Second election of Education Authorities, 1922, 1922
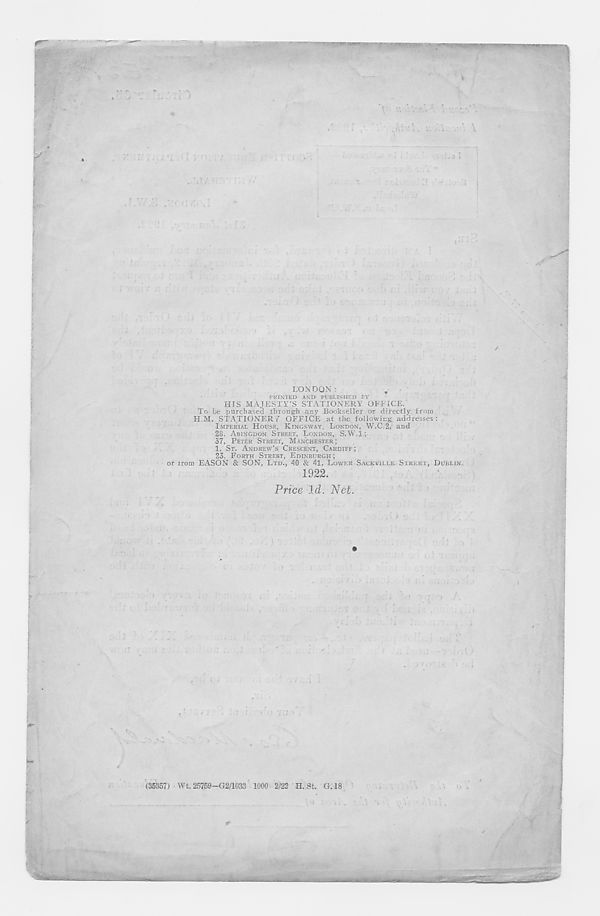
LONDON:
PRINTED AND PUBLISHED EY
HIS MAJESTY’S STATIONERY OFFICE.
To be purchased throug-h any Bookseller or directly from
H.M. STATIONERY OFFICE at the following addresses:
IMPERIAL HOUSE, KINGSWAY, LONDON, W.C.2, and
28, ABINGDON STREET, LONDON, S.W.l;
37, PETER STREET, MANCHESTER;
1. ST. ANDREW’S CRESCENT, CARDIFF;
23, FORTH STREET, EDINBURGH ;
or irom EASON & SON, LTD., 40 & 41, LOWER SACKVILLE STREET, DUBLIN.
1922.
Price Id. Net.
r ■
(35357) Wt. 25769-G2/1033 1000 2/22 H. St. G.18